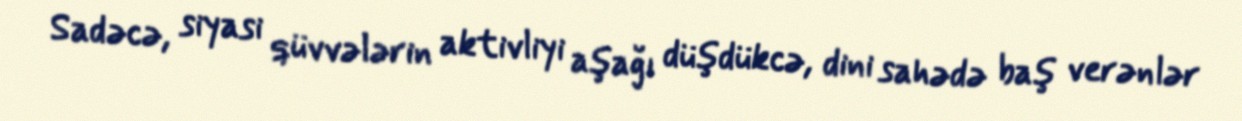
Sadəcə, siyasi qüvvələrin aktivliyi aşağı düşdükcə, dini sahədə baş verənlər